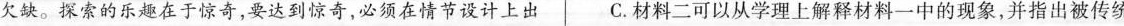
欠缺。探索的乐趣在于惊奇，要达到惊奇，必须在情节设计上出 C. 材料二可以从学理上解释材料一中的现象，并指出被传统